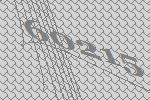
60215